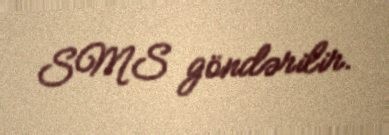
SMS göndərilir.